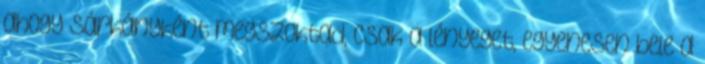
ahogy sárkányként megszoktad, csak a lényeget, egyenesen bele a